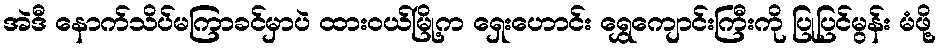
အဲဒီ နောက်သိပ်မကြာခင်မှာပဲ ထားဝယ်မြို့က ရှေးဟောင်း ရွှေကျောင်းကြီးကို ပြုပြင်မွန်း မံဖို့